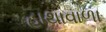
હાથાવાળા